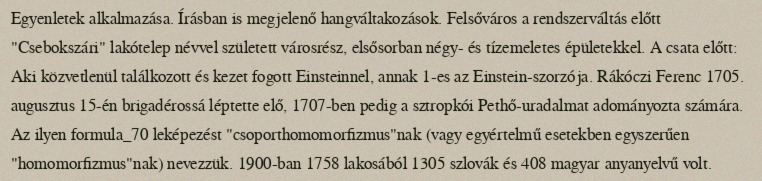
Egyenletek alkalmazása. Írásban is megjelenő hangváltakozások. Felsőváros a rendszerváltás előtt "Csebokszári" lakótelep névvel született városrész, elsősorban négy- és tízemeletes épületekkel. A csata előtt: Aki közvetlenül találkozott és kezet fogott Einsteinnel, annak 1-es az Einstein-szorzója. Rákóczi Ferenc 1705. augusztus 15-én brigadérossá léptette elő, 1707-ben pedig a sztropkói Pethő-uradalmat adományozta számára. Az ilyen formula_70 leképezést "csoporthomomorfizmus"nak (vagy egyértelmű esetekben egyszerűen "homomorfizmus"nak) nevezzük. 1900-ban 1758 lakosából 1305 szlovák és 408 magyar anyanyelvű volt.